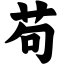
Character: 苟